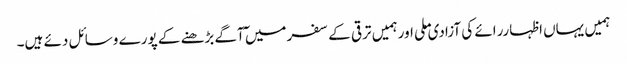
ہمیں یہاں اظہاررائے کی آزادی ملی اورہمیں ترقی کے سفرمیں ٓآگے بڑھنے کے پورے وسائل دئے ہیں۔